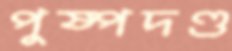
পুষ্পদণ্ড